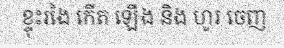
ខ្ទុះរងៃ កើត ឡើង និង ហូរ ចេញ